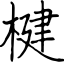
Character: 楗